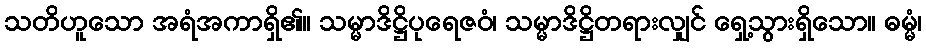
သတိဟူသော အရံအကာရှိ၏။ သမ္မာဒိဋ္ဌိပုရေဇဝံ၊ သမ္မာဒိဋ္ဌိတရားလျှင် ရှေ့သွားရှိသော။ ဓမ္မံ၊